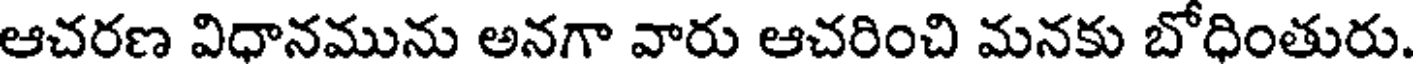
ఆచరణ విధానమును అనగా వారు ఆచరించి మనకు బోధింతురు